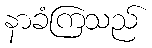
နာခံကြသည်